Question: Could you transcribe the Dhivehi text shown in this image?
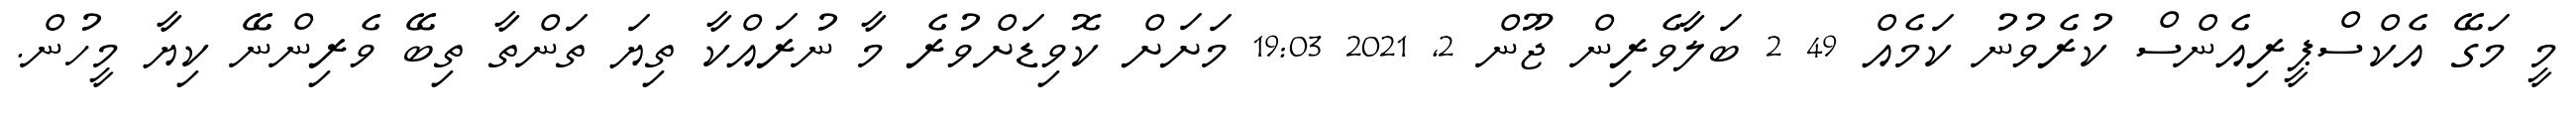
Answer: މީ މަގޭ އެކްސްޕީރިއެންސް ކުރެވުނު ކަމެއް 49 2 ބަލާވެރިން ޖޫން 2, 2021 19:03 މަށަށް ކޮވިޑަށްވުރެ މާ ނުރައްކާ ތިޔަ ތަންތާ ތިބޭ ވެރިންނޭ ކިޔާ މީހުން.